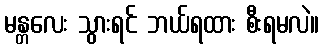
မန္တလေး သွားရင် ဘယ်ရထား စီးရမလဲ။